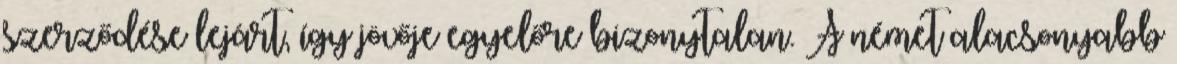
szerződése lejárt, így jövője egyelőre bizonytalan. A német alacsonyabb